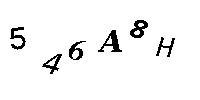
546A8H